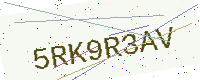
Text: 5RK9R3AV